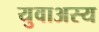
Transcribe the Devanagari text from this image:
युवाअस्य